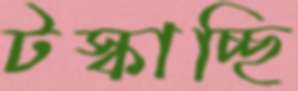
টস্‌কাচ্ছি